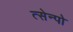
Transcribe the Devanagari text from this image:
त्सेन्पो